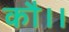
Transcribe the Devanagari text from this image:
कौ।।